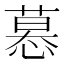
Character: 𢟽